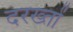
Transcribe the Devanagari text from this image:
दरख्तों